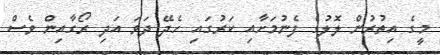
މީގެ އިތުރުން ލޮލުގެ ފެނުމަށާއި ކަރުގައި ހެދޭ ދަވަ އަދި ރޯގާއިން ވެސް